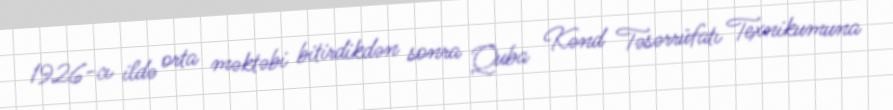
1926-cı ildə orta məktəbi bitirdikdən sonra Quba Kənd Təsərrüfatı Texnikumuna